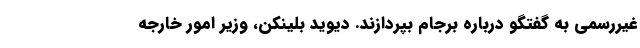
غیررسمی به گفتگو درباره برجام بپردازند. دیوید بلینکن، وزیر امور خارجه